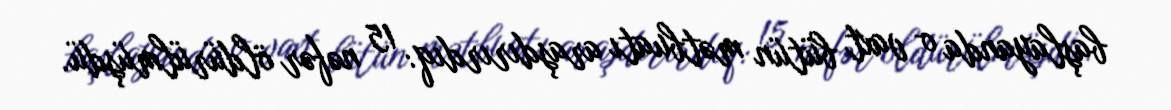
başlayanda o vaxt bütün mətbuatı araşdırırdıq: 15 nəfər öldürülmüşdü.